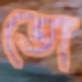
তো